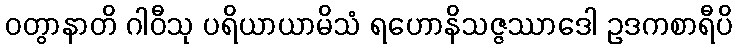
ဝတွာနာတိ ဂါဝီသု ပရိယာယာမိသံ ရဟောနိသဇ္ဇဿာဒေါ ဥဒကစာရီပိ